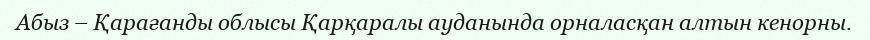
Абыз – Қарағанды облысы Қарқаралы ауданында орналасқан алтын кенорны.